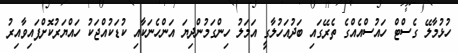
ހުޅުމާލޭ ގެސްޓް ހައުސްއެއްގެ ތެރޭގައި ބަދުއަހުލާގީ އަމަލު ހިންގަމުންދިޔަ އަންހެނަކާއި ކުޑަކުއްޖަކު ހައްޔަރުކޮށްފައިވާއިރު